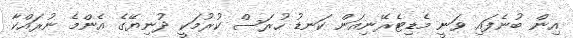
އިން ބުނެފައި ވަނީ މެޑިޓެރޭނިއަން ކަނޑު ހުރަސް ކުރުމަކީ ދުނިޔޭގެ އެންމެ ނުރައްކާ